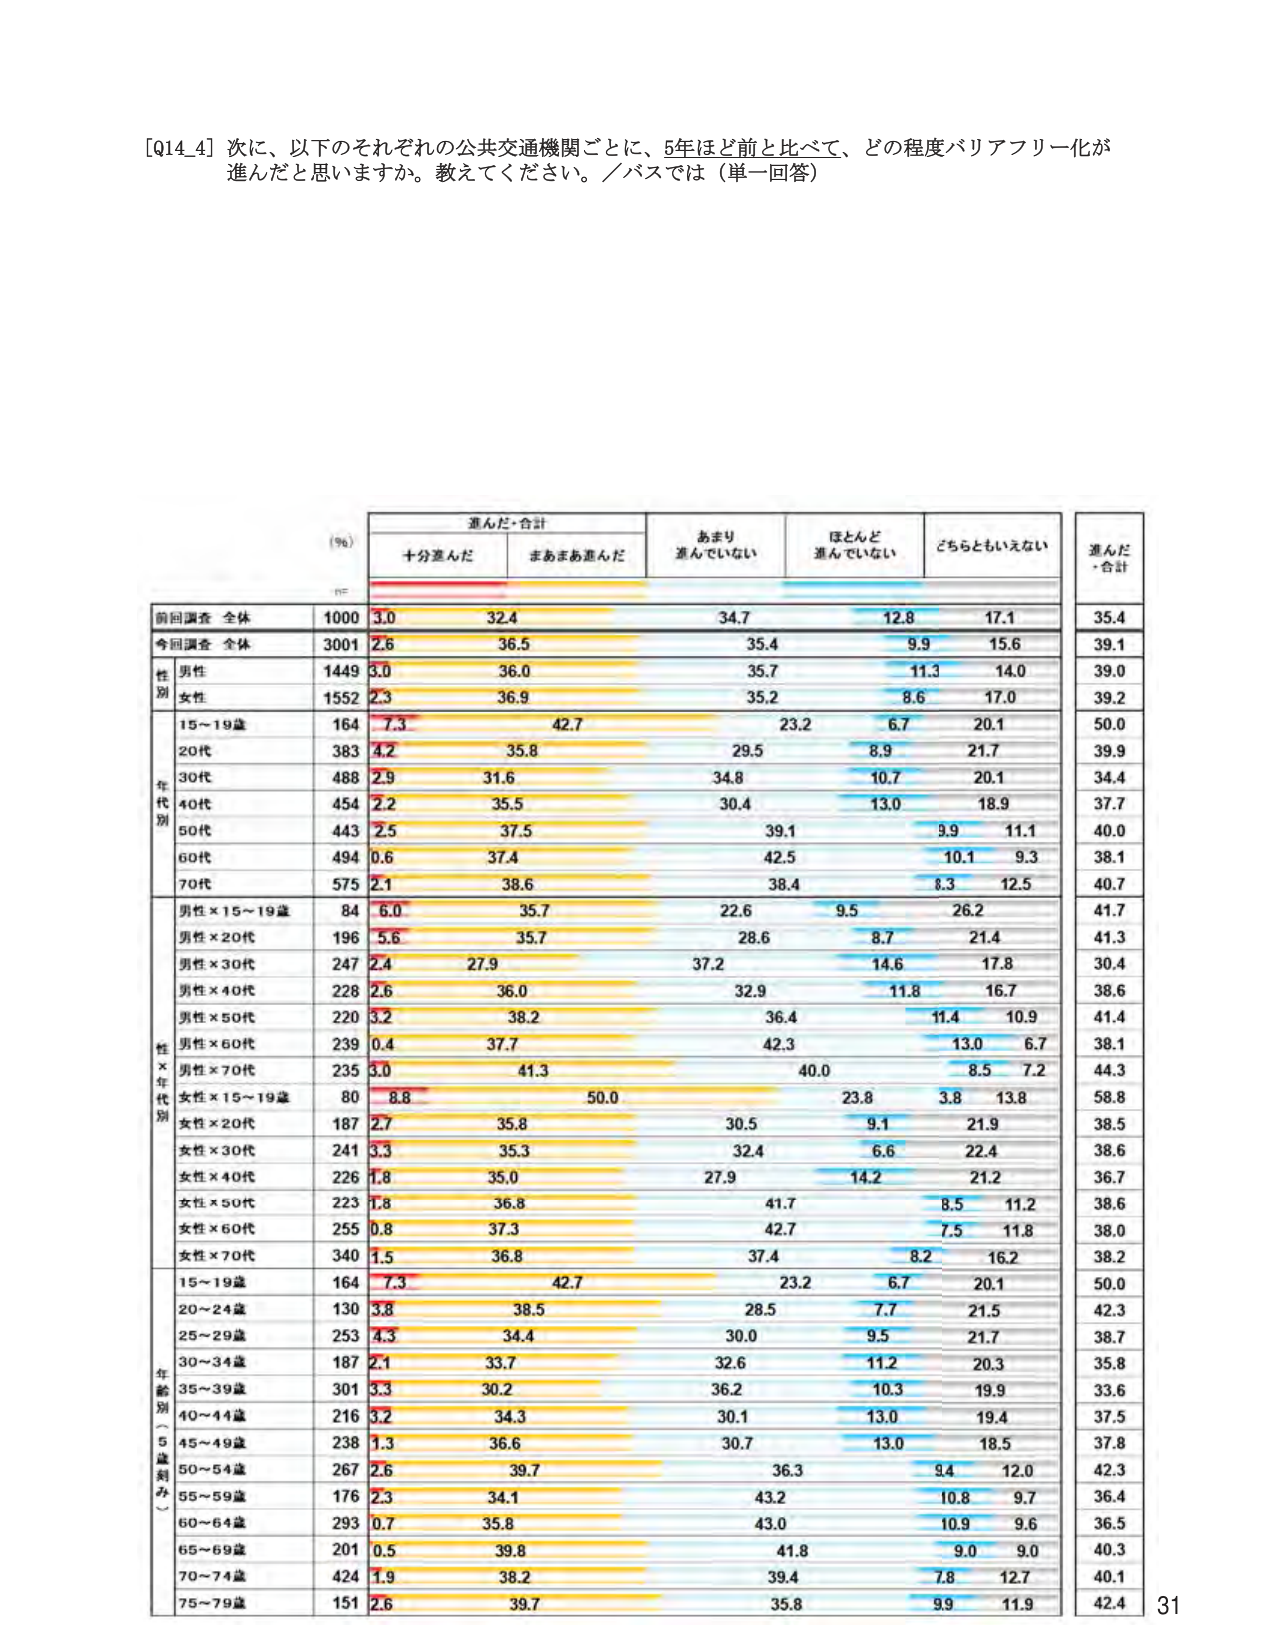
[Q14_4] 次に、以下のそれぞれの公共交通機関ごとに、5年ほど前と比べて、どの程度バリアフリー化が進んだと思いますか。教えてください。／バスでは（単一回答）

(%)
進んだ・合計
十分進んだ
まあまあ進んだ
あまり進んでいない
ほとんど進んでいない
どちらともいえない
進んだ・合計

前回調査 全体
1000
3.0
32.4
34.7
12.8
17.1
35.4

今回調査 全体
3001
2.6
36.5
35.4
9.9
15.6
39.1

性別
男性
1449
3.0
36.0
35.7
11.3
14.0
39.0

女性
1552
2.3
36.9
35.2
8.6
17.0
39.2

年代別
15～19歳
164
7.3
42.7
23.2
6.7
20.1
50.0

20代
383
4.2
35.8
29.5
8.9
21.7
39.9

30代
488
2.9
31.6
34.8
10.7
20.1
34.4

40代
454
2.2
35.5
30.4
13.0
18.9
37.7

50代
443
2.5
37.5
39.1
9.9
11.1
40.0

60代
494
0.6
37.4
42.5
10.1
9.3
38.1

70代
575
2.1
38.6
38.4
8.3
12.5
40.7

性×年代別
男性×15～19歳
84
6.0
35.7
22.6
9.5
26.2
41.7

男性×20代
196
5.6
35.7
28.6
8.7
21.4
41.3

男性×30代
247
2.4
27.9
37.2
14.6
17.8
30.4

男性×40代
228
2.6
36.0
32.9
11.8
16.7
38.6

男性×50代
220
3.2
38.2
36.4
11.4
10.9
41.4

男性×60代
239
0.4
37.7
42.3
13.0
6.7
38.1

男性×70代
235
3.0
41.3
40.0
8.5
7.2
44.3

女性×15～19歳
80
8.8
50.0
23.8
3.8
13.8
58.8

女性×20代
187
2.7
35.8
30.5
9.1
21.9
38.5

女性×30代
241
3.3
35.3
32.4
6.6
22.4
38.6

女性×40代
226
1.8
35.0
27.9
14.2
21.2
36.7

女性×50代
223
1.8
36.8
41.7
8.5
11.2
38.6

女性×60代
255
0.8
37.3
42.7
7.5
11.8
38.0

女性×70代
340
1.5
36.8
37.4
8.2
16.2
38.2

年齢別（5歳刻み）
15～19歳
164
7.3
42.7
23.2
6.7
20.1
50.0

20～24歳
130
3.8
38.5
28.5
7.7
21.5
42.3

25～29歳
253
4.3
34.4
30.0
9.5
21.7
38.7

30～34歳
187
2.1
33.7
32.6
11.2
20.3
35.8

35～39歳
301
3.3
30.2
36.2
10.3
19.9
33.6

40～44歳
216
3.2
34.3
30.1
13.0
19.4
37.5

45～49歳
238
1.3
36.6
30.7
13.0
18.5
37.8

50～54歳
267
2.6
39.7
36.3
9.4
12.0
42.3

55～59歳
176
2.3
34.1
43.2
10.8
9.7
36.4

60～64歳
293
0.7
35.8
43.0
10.9
9.6
36.5

65～69歳
201
0.5
39.8
41.8
9.0
9.0
40.3

70～74歳
424
1.9
38.2
39.4
7.8
12.7
40.1

75～79歳
151
2.6
39.7
35.8
9.9
11.9
42.4

31